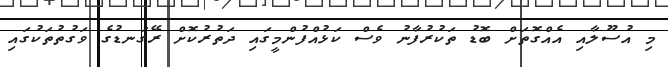
މި އުސޫލާއި އެއްގޮތަށް ބޮޑު ތަކުރުފާނު ވެސް ކަޅުއްފުންމީގައި ދަތުރުކޮށް ރޭގަނޑުގެ ވަގުތުތަކުގައި